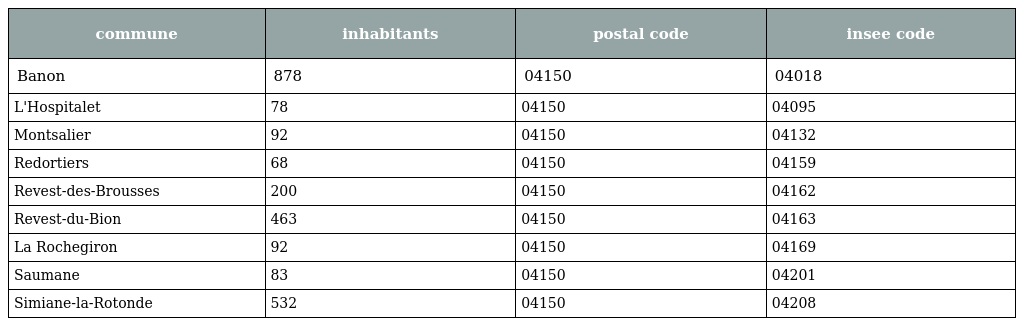
| commune | inhabitants | postal code | insee code |
 | --- | --- | --- | --- |
 | Banon | 878 | 04150 | 04018 |
 | L'Hospitalet | 78 | 04150 | 04095 |
 | Montsalier | 92 | 04150 | 04132 |
 | Redortiers | 68 | 04150 | 04159 |
 | Revest-des-Brousses | 200 | 04150 | 04162 |
 | Revest-du-Bion | 463 | 04150 | 04163 |
 | La Rochegiron | 92 | 04150 | 04169 |
 | Saumane | 83 | 04150 | 04201 |
 | Simiane-la-Rotonde | 532 | 04150 | 04208 |